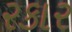
રકાર